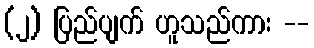
(၂) ပြည်ပျက် ဟူသည်ကား --